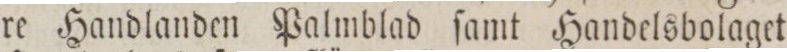
re Handlanden Palmblad ſamt Handelsbolaget